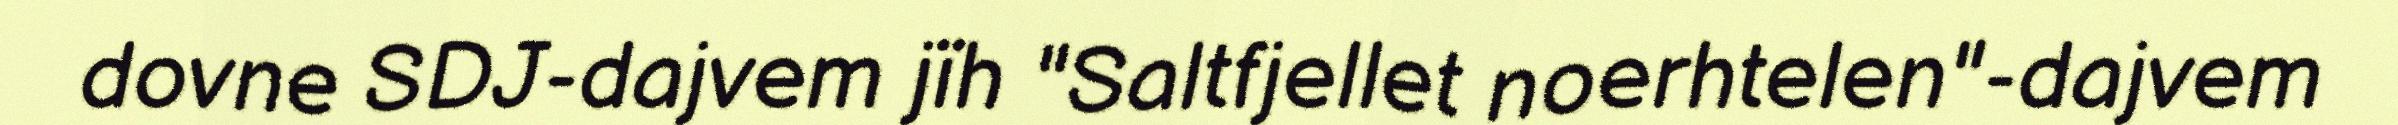
dovne SDJ-dajvem jïh "Saltfjellet noerhtelen"-dajvem